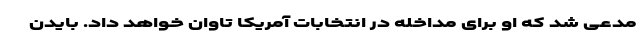
مدعی شد که او برای مداخله در انتخابات آمریکا تاوان خواهد داد. بایدن